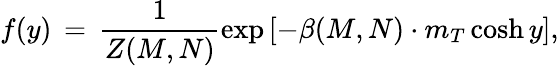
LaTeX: f(y)\, =\, \frac{1}{Z(M,N)}\exp\left[-\beta(M,N)\cdot m_{T}\cosh y\right],